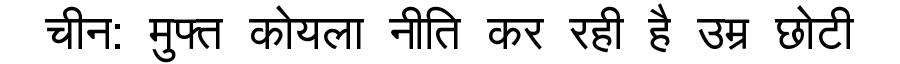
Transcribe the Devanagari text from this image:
चीन: मुफ्त कोयला नीति कर रही है उम्र छोटी